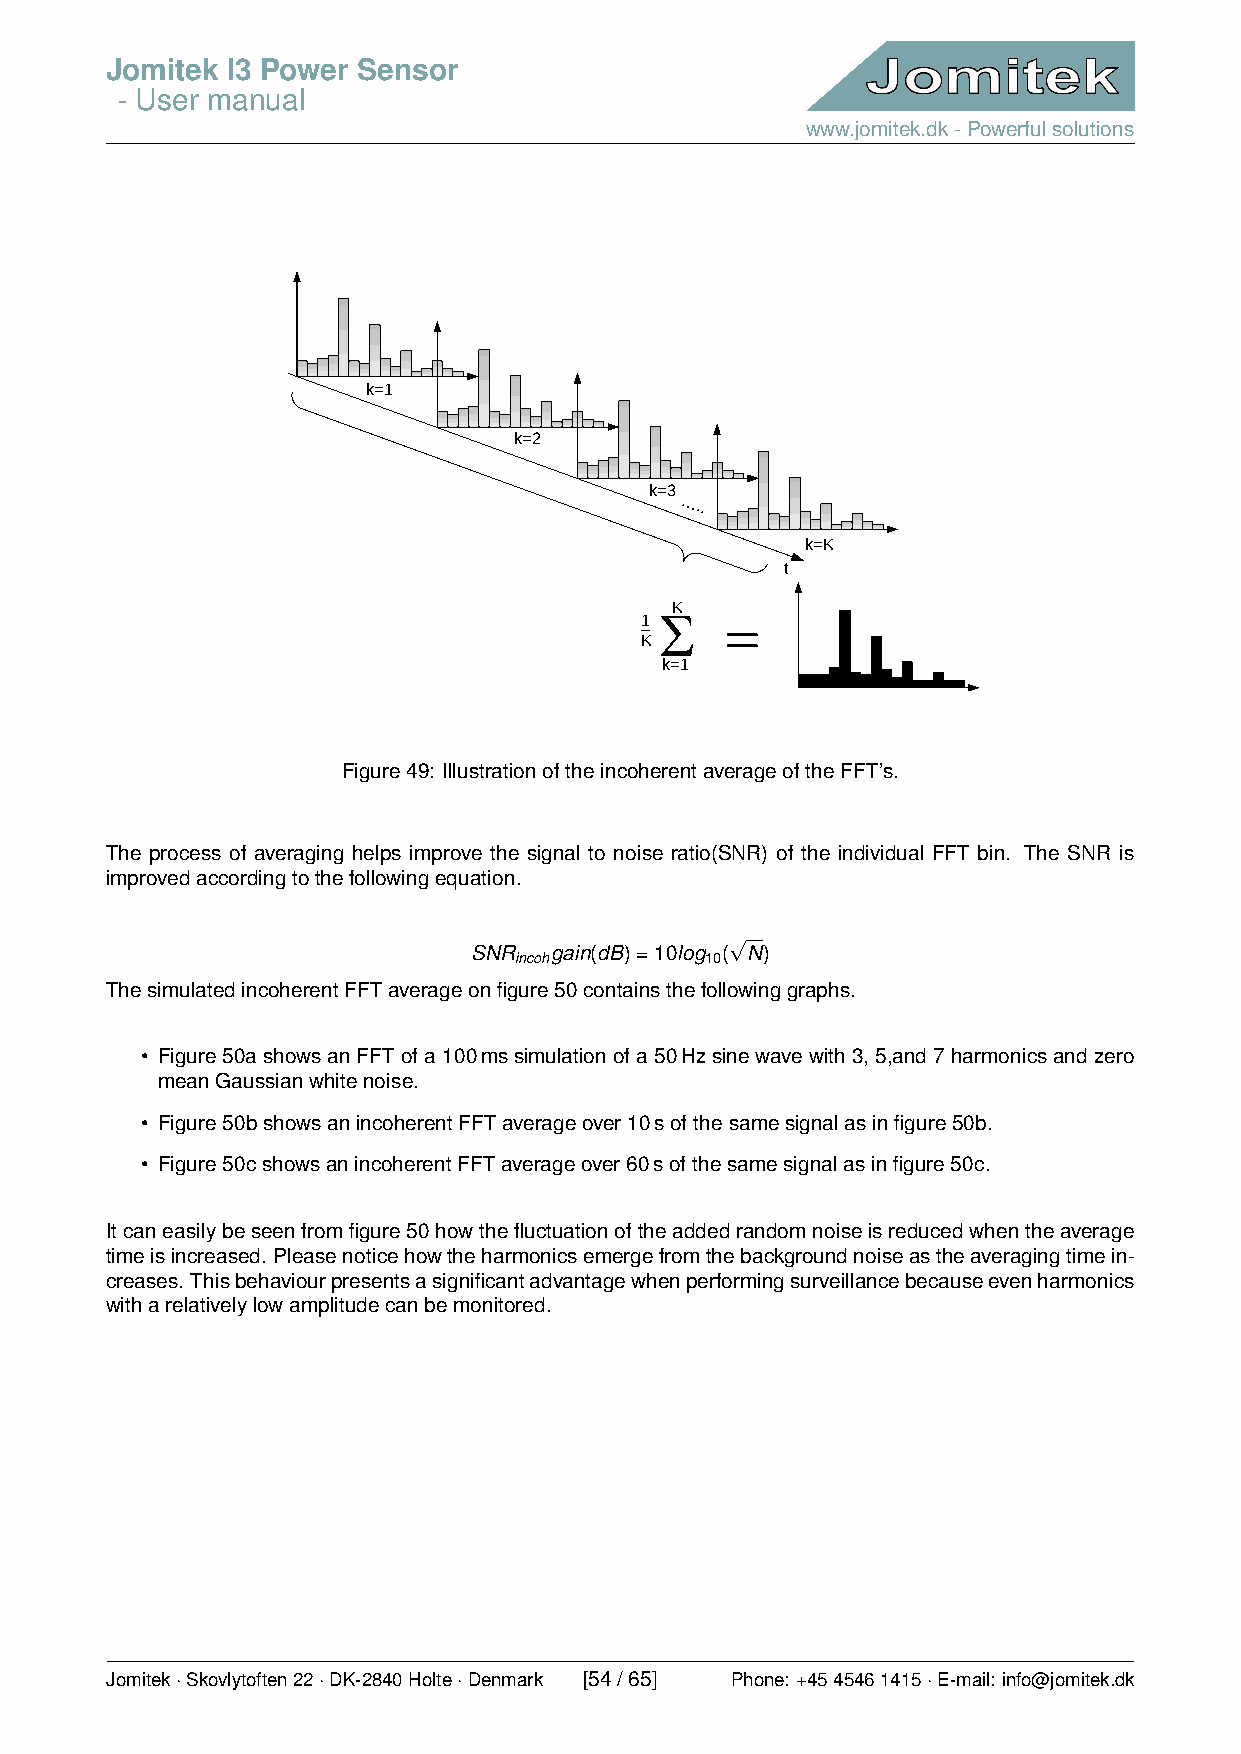
Jomitek I3 Power Sensor
 - User manual
 www.jomitek.dk-Powerfulsolutions
 k=1
 k=2
 k=3
 …..
 k=K
 t
 K
 1_   =
 K
 k=1
 Figure49: IllustrationoftheincoherentaverageoftheFFT’s.
 The process of averaging helps improve the signal to noise ratio(SNR) of the individual FFT bin. The SNR is
 improvedaccordingtothefollowingequation.
 √
 SNR  gain(dB)=10log ( N)
 incoh        10
 ThesimulatedincoherentFFTaverageonfigure50containsthefollowinggraphs.
 • Figure50ashowsanFFTofa100mssimulationofa50Hzsinewavewith3,5,and7harmonicsandzero
 meanGaussianwhitenoise.
 • Figure50bshowsanincoherentFFTaverageover10softhesamesignalasinfigure50b.
 • Figure50cshowsanincoherentFFTaverageover60softhesamesignalasinfigure50c.
 Itcaneasilybeseenfromfigure50howthefluctuationoftheaddedrandomnoiseisreducedwhentheaverage
 timeisincreased. Pleasenoticehowtheharmonicsemergefromthebackgroundnoiseastheaveragingtimein-
 creases. Thisbehaviourpresentsasignificantadvantagewhenperformingsurveillancebecauseevenharmonics
 witharelativelylowamplitudecanbemonitored.
 Jomitek·Skovlytoften22·DK-2840Holte·Denmark [54/65] Phone: +4545461415·E-mail: info@jomitek.dk